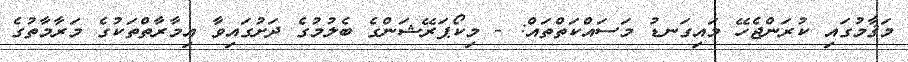
މަޤާމުގައި ކުރަންޖެހޭ މައިގަނޑު މަސައްކަތްތައް: - މިކޯޕަރޭޝަންގެ ބެލުމުގެ ދަށުގައިވާ އިމާރާތްތަކުގެ މަރާމާތުގެ